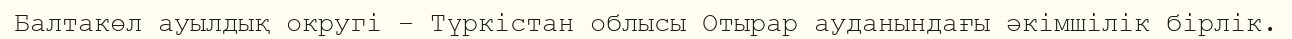
Балтакөл ауылдық округі – Түркістан облысы Отырар ауданындағы әкімшілік бірлік.